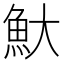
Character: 𬵃